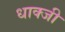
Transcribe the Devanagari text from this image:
धाक्जी